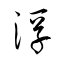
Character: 浮